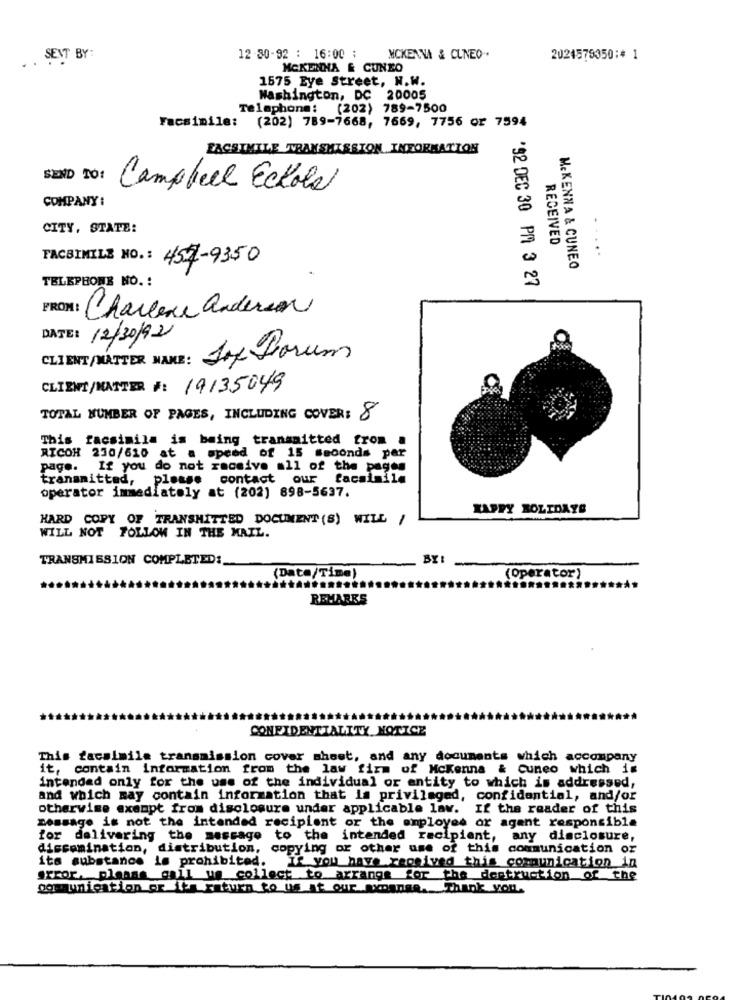
SENT BY:
12 -30-92 : 16:00 :
MCKENNA & CUNEO .
2024575350 :* 1
MCKENNA & CUNEO
1575 Eye Street, N.W.
Washington, DC 20005
Telephone: (202) 789-7500
Facsimile: (202) 789-7668, 7669, 7756 or 7594
FACSIMILE TRANSMISSION INFORMATION
SEND TO!
Campbell Eckola
COMPANY :
CITY, STATE:
. .
RECEIVED
...
FACSIMILE NO .: 457-9350
MCKENNA & CUNEO
TELEPHONE NO. :
'92 DEC 30 PM 3 27
Charlene anderson
DATE:
12/30/92
CLIENT/MATTER MAKE : Jof Lorum
CLIENT/MANTER #: 19135049
TOTAL NUMBER OF PAGES, INCLUDING COVER: 8
This facsimila is being transmitted from a
RICOH 230/610 at a speed of 15 seconds per
page. If you do not receive all of the pages
transmitted, please contact our facsimile
operator immediately at (202) 898-5637.
HAPPY BOLIDATE
HARD COPY OF TRANSMITTED DOCUMENT (S) WILL /
WILL NOT FOLLOW IN THE MAIL.
TRANSMISSION COMPLETED:
BY
(Date/Time)
(Operator)
........
REMARKS
CONFIDENTIALITY NOTICE
This facsimile transmission cover sheet, and any documents which accompany
it, contain information from the law firm of Mckenna & cuneo which is
intended only for the use of the individual or entity to which is addressed,
and which may contain information that is privileged, confidential, and/or
otherwise exempt from disclosure under applicable law. If the reader of this
message is not the intended recipient or the employee or agent responsible
for delivering the message to the intended recipient, any disclosure,
dissemination, distribution, copying or other use of this communication or
its substance is prohibited. If you have received this communication in
error, please call up collect to arrange for the destruction of the
of unication or if ratures to us at our axmange. Thank you.